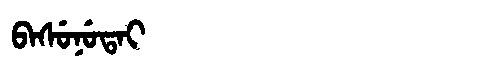
Manchu: ᠪᠠᠰᡠᠨᡠᡨᠠᡳ
Romanization: BASUNUTAI